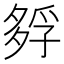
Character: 𡦄